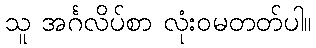
သူ အင်္ဂလိပ်စာ လုံးဝမတတ်ပါ။